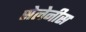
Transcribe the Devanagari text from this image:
सेलेनीस